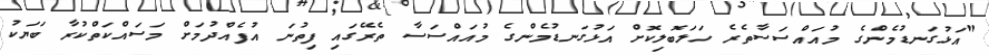
"އަޅުގަނޑުމެންގެ މުއައްސަސާތެރެ ހަލަބޮލިކޮށް އަޅުގަނޑުމެންގެ މުއައްސަސާ ތެރޭގައި ފިތުނަ އުފެއްދުމަށް މަސައްކަތްކުރާ ބަޔަކު